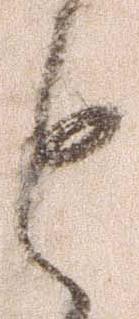
と